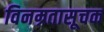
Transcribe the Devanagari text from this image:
विनम्रतासूचक